Medical and sanitary report of the native army of Bengal for the year
Year: 1878
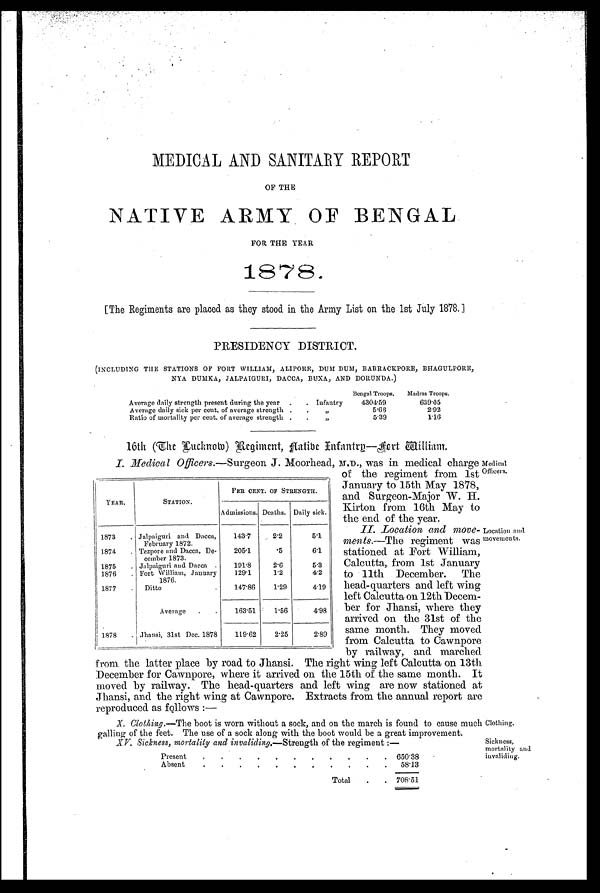
MEDICAL AND SANITARY REPORT
OF THE
NATIVE ARMY OF BENGAL
FOR THE YEAR
1878.
[The Regiments are placed as they stood in the Army List on the 1st July 1878.]
PRESIDENCY DISTRICT.
(INCLUDING THE STATIONS OF FORT WILLIAM, ALIPORE, DUM DUM, BABRACKPORE, BHAGULPORE,
NYA DUMKA, JALPAIGURI, DACCA, BUXA , AND DORUNDA.)
Bengal Troops,
Madras Troops.
Average daily strength present during the year
.
. Infantry
4304.59
639.05
Average daily sick per cent, of average strength .
.
„
5.66
2.92
Ratio of mortality per cent. of average strength .
.
„
5.39
1.16
16th (The Lucknow) Regiment, Native Infantry—Fort
William.
I. Medical Officers.—Surgeon J. Moorhead, M.D., was in medical charge
of the regiment from 1st
January to 15th May 1878,
and Surgeon-Major W. H.
Kirton from 16th May to
the end of the year.
II. Location and move-
ments.— The regiment was
stationed at Fort William,
Calcutta, from 1st January
to 11th December. The
head-quarters and left wing
left Calcutta on 12th Decem-
ber for Jhansi, where they
arrived on the 31st of the
same month. They moved
from Calcutta to Cawnpore
by railway, and marched
from the latter place by road to Jhansi. The right wing left Calcutta on 13th
December for Cawnpore, where it arrived on the 15th of the same month. II
moved by railway. The head-quarters and left wing are now stationed al
Jhansi, and the right wing at Cawnpore. Extracts from the annual report are
reproduced as follows :—
YEAR.
STATION.
PER CENT. OF STRENGTH.
-
Admissions. Deaths. Daily sick.
1873
. Jalpaiguri and Dacca,
February 1872.
143.7
2.2
5.1
1874
. Tezpore and Dacca, De-
cember 1873.
205.1
. 5
6.1
1875
. Jalpaiguri and Dacca .
191.8
2.6
5.3
1876
. Fort William, January
1876.
129.1
1.2
4.2
1877
.
Ditto
.
147.86
1.29
4.19
Average
.
.
163.51
1.56
4.98
1878
. Jhansi, 31st Dec. 1878
119.62
2.25
2.89
Medical
Officers,
Location and
movements.
X. Clothing.—The boot is worn without a sock, and on the march is found to cause much
galling of the feet. The use of a sock along with the boot would be a great improvement.
XV. Sickness, mortality and invaliding.—Strength of the regiment :—
Clothing.
Sickness,
mortality and
invaliding.
Present
.
.
.
.
. . . . . . .
650.38
Absent
.
.
.
. . . . . . . .
58.13
Total
.
. 708.51